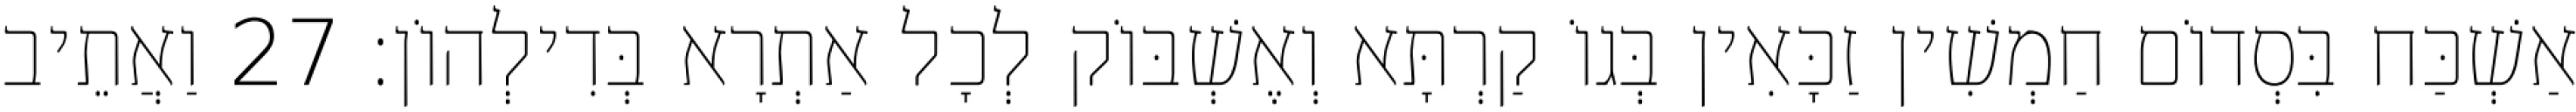
אַשְׁכַּח בִּסְדוֹם חַמְשִׁין זַכָּאִין בְּגוֹ קַרְתָּא וְאֶשְׁבּוֹק לְכָל אַתְרָא בְּדִילְהוֹן׃ 27 וַאֲתֵיב